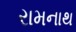
રામનાથ